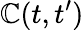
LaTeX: \mathbb{C}(t,t^{\prime})